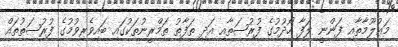
މަޢުލޫމާތާއި ފަންނީ ލަފާ ހޯދުމުގެ ފުރުޞަތާއި އަދި ތަފާތު ތަމްރީނުތަކުގައި ބައިވެރިވުމުގެ ފުރުޞަތުތައް